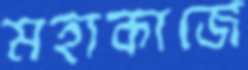
মহাকাজে